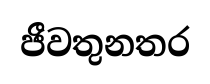
ජීවතුනතර